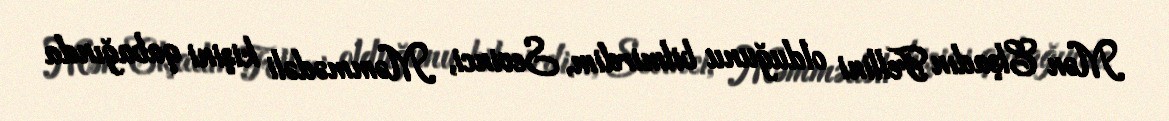
Mən Elşadın Fellini olduğunu bilmirdim, Sevinci, Məmmədəli kişini qabağında